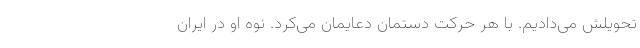
تحویلش می‌دادیم. با هر حرکت دستمان دعایمان می‌کرد. نوه او در ایران